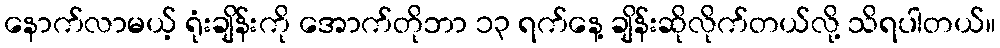
နောက်လာမယ့် ရုံးချိန်းကို အောက်တိုဘာ ၁၃ ရက်နေ့ ချိန်းဆိုလိုက်တယ်လို့ သိရပါတယ်။